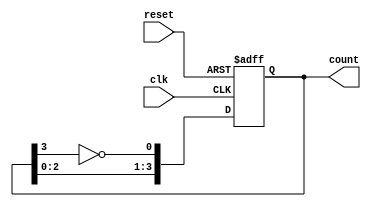
module johnson_counter #(
    parameter N = 4  // Number of flip-flops
)(
    input wire clk,               // Clock signal
    input wire reset,             // Asynchronous reset signal
    output reg [N-1:0] count      // Current state of the Johnson counter
);

    always @(posedge clk or posedge reset) begin
        if (reset) begin
            count <= 0;            // Reset the counter to 0
        end else begin
            count <= {count[N-2:0], ~count[N-1]}; // Shift and feedback the inverted last flip-flop
        end
    end

endmodule